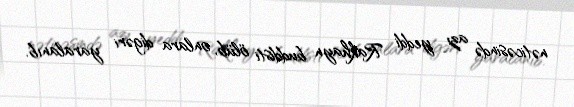
nəticəsində azı yeddi Rakhayn buddisti ölüb, onlara digəri yaralanıb.